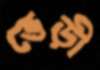
ভেড়ী